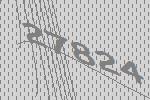
27824